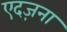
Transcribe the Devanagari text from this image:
एदज़ना